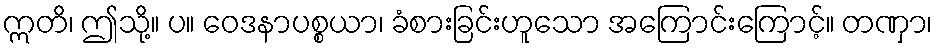
ဣတိ၊ ဤသို့။ ပ။ ဝေဒနာပစ္စယာ၊ ခံစားခြင်းဟူသော အကြောင်းကြောင့်။ တဏှာ၊